Indian Medical Review
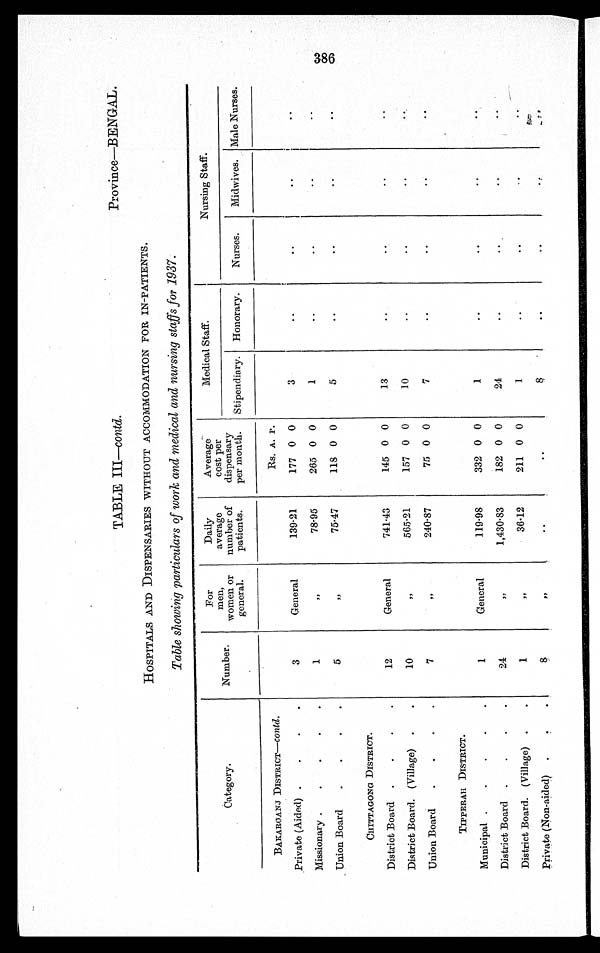
TABLE III—contd.
Province—BENGAL.
HOSPITALS AND DISPENSARIES WITHOUT ACCOMMODATION FOR IN-PATIENTS.
Table showing particulars of work and medical and nursing staffs for 1937:
-- --- -
Category.
Number.
For
men,
women or
general.
Daily
average
number of
patients.
Average
cost per
dispensary
per month.
Medical Staff.
Nursing Staff.
Stipendiary.
Honorary.
Nurses.
Midwives. Male Nurses.
BARARGANJ DISTRICT—Contd.
Rs. A. P.
.Private (Aided) .
.
.
.
3
General
139-21
177 0 0
3
..
..
j
..
..
Missionary .
.
.
.
.
1
78-95
265 0 0
1
..
..
..
..
Union Board
.
5
,
75-47
118 0 0
5
..
..
..
CHITTAGONG DISTRICT.
District Board .
.
.
.
12
General
741-43
145 0 0
13
..
..
..
..
District Board. (Village) .
.
10
, f
565-21
157 0 0
10
..
..
Union Board
.
.
.
.
7
,
240-87
75 0 0
7
..
..
..
TIPPERAH DISTRICT.
Municipal .
.
.
.
.
1
General
119-98
332 0 0
1
..
..
..
..
District Board
.
.
.
.
24
7,
1,430-83
182 0 0
24
..
..
..
District Board. (Village)
.
.
1
I,
36-12
211 0 0
1
..
..
..
Private (Non-aided)
,
..
..
..
?:,-.,
- .
00